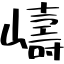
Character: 嶹